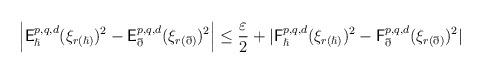
LaTeX: \begin{align*}\left|\mathsf{E}_\hslash^{p,q,d}(\xi_{r(\hslash)})^2 - \mathsf{E}_\eth^{p,q,d}(\xi_{r(\eth)})^2\right| &\leq \frac{\varepsilon}{2} + |\mathsf{F}_\hslash^{p,q,d}(\xi_{r(\hslash)})^2 - \mathsf{F}_\eth^{p,q,d}(\xi_{r(\eth)})^2| \end{align*}